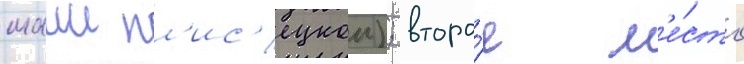
маии пл'ис'ецкои); второ́е м'е́сто